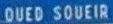
OUEDSOUEIR